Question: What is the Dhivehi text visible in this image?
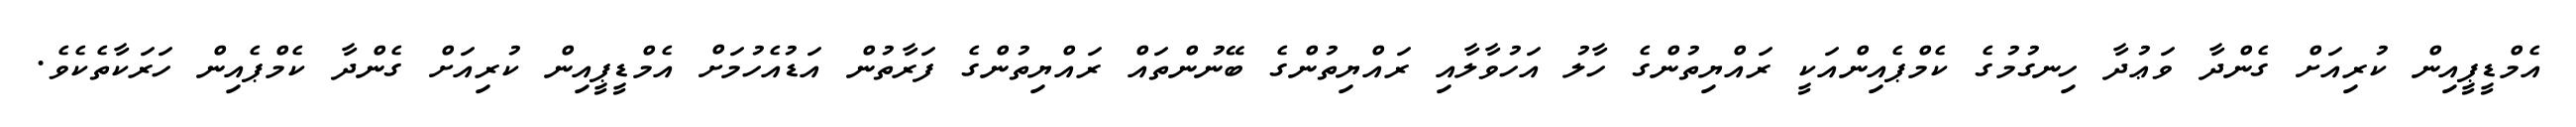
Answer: އެމްޑީޕީއިން ކުރިއަށް ގެންދާ ވަޢުދާ ހިނގުމުގެ ކެމްޕެއިންއަކީ ރައްޔިތުންގެ ހާލު އަހުވާލާއި ރައްޔިތުންގެ ބޭނުންތައް ރައްޔިތުންގެ ފަރާތުން އަޑުއެހުމަށް އެމްޑީޕީއިން ކުރިއަށް ގެންދާ ކެމްޕެއިން ހަރަކާތެކެވެ.